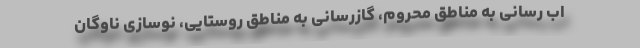
اب رسانی به مناطق محروم، گازرسانی به مناطق روستایی، نوسازی ناوگان